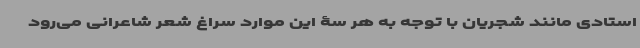
استادی مانند شجریان با توجه به هر سۀ این موارد سراغ شعر شاعرانی می‌رود